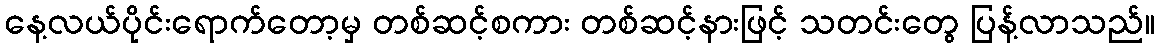
နေ့လယ်ပိုင်းရောက်တော့မှ တစ်ဆင့်စကား တစ်ဆင့်နားဖြင့် သတင်းတွေ ပြန့်လာသည်။